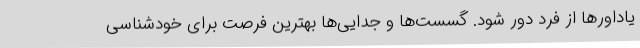
یاداورها از فرد دور شود. گسست‌ها و جدایی‌ها بهترین فرصت برای خودشناسی